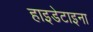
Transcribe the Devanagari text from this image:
हाइडेटाइना